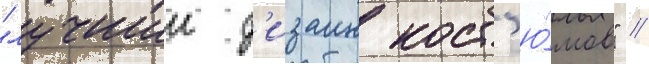
"лучшии д'изаин кост'ю́мов" //